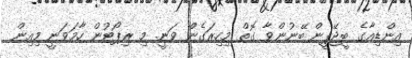
އިންޑިއާގެ ބީޖޭޕީން ބޭނުންވާ ގޮތް މިހިރަގެން ވަނީ. މި ރިޕޯޓުން ހާމަވަނީ މިއިން